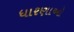
ધારણાઓ